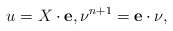
\begin{align*}u=X\cdot \mathbf{e},\nu^{n+1}=\mathbf{e}\cdot\nu,\end{align*}